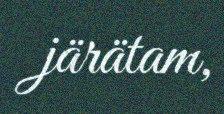
järätam,